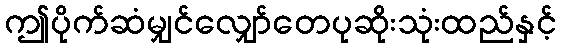
ဤပိုက်ဆံမျှင်လျှော်တေပုဆိုးသုံးထည်နှင့်